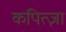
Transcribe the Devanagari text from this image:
कपित्ज़ा